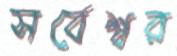
সর্বেশ্বর